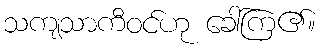
သကျသာကီဝင်ဟု ခေါ်ကြ၏။